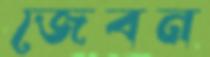
জেবন